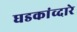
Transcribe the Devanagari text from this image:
घडकांव्दारे